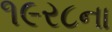
૧૯ર૮ના